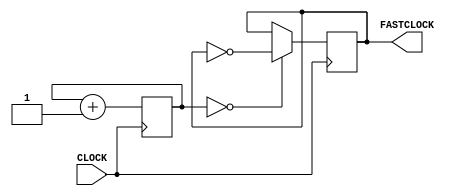
`timescale 1ns / 1ps
//////////////////////////////////////////////////////////////////////////////////
// Company: 
// Engineer: 
// 
// Design Name: 
// Module Name: fast_freq
// Project Name: 
// Target Devices: 
// Tool Versions: 
// Description: 
// 
// Dependencies: 
// 
// Revision:
// Revision 0.01 - File Created
// Additional Comments:
// 
//////////////////////////////////////////////////////////////////////////////////


module fast_freq(
    input CLOCK,
    output reg FASTCLOCK = 0
    );
    
    //12Hz
    reg [21:0] COUNT = 0;
    
    always @ (posedge CLOCK) begin
        COUNT <= COUNT + 1;
        FASTCLOCK <= ( COUNT == 0 ) ? ~FASTCLOCK : FASTCLOCK;
    end
endmodule